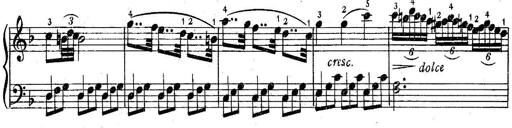
Title: 6 Easy Sonatinas
Composer: Carl Czerny